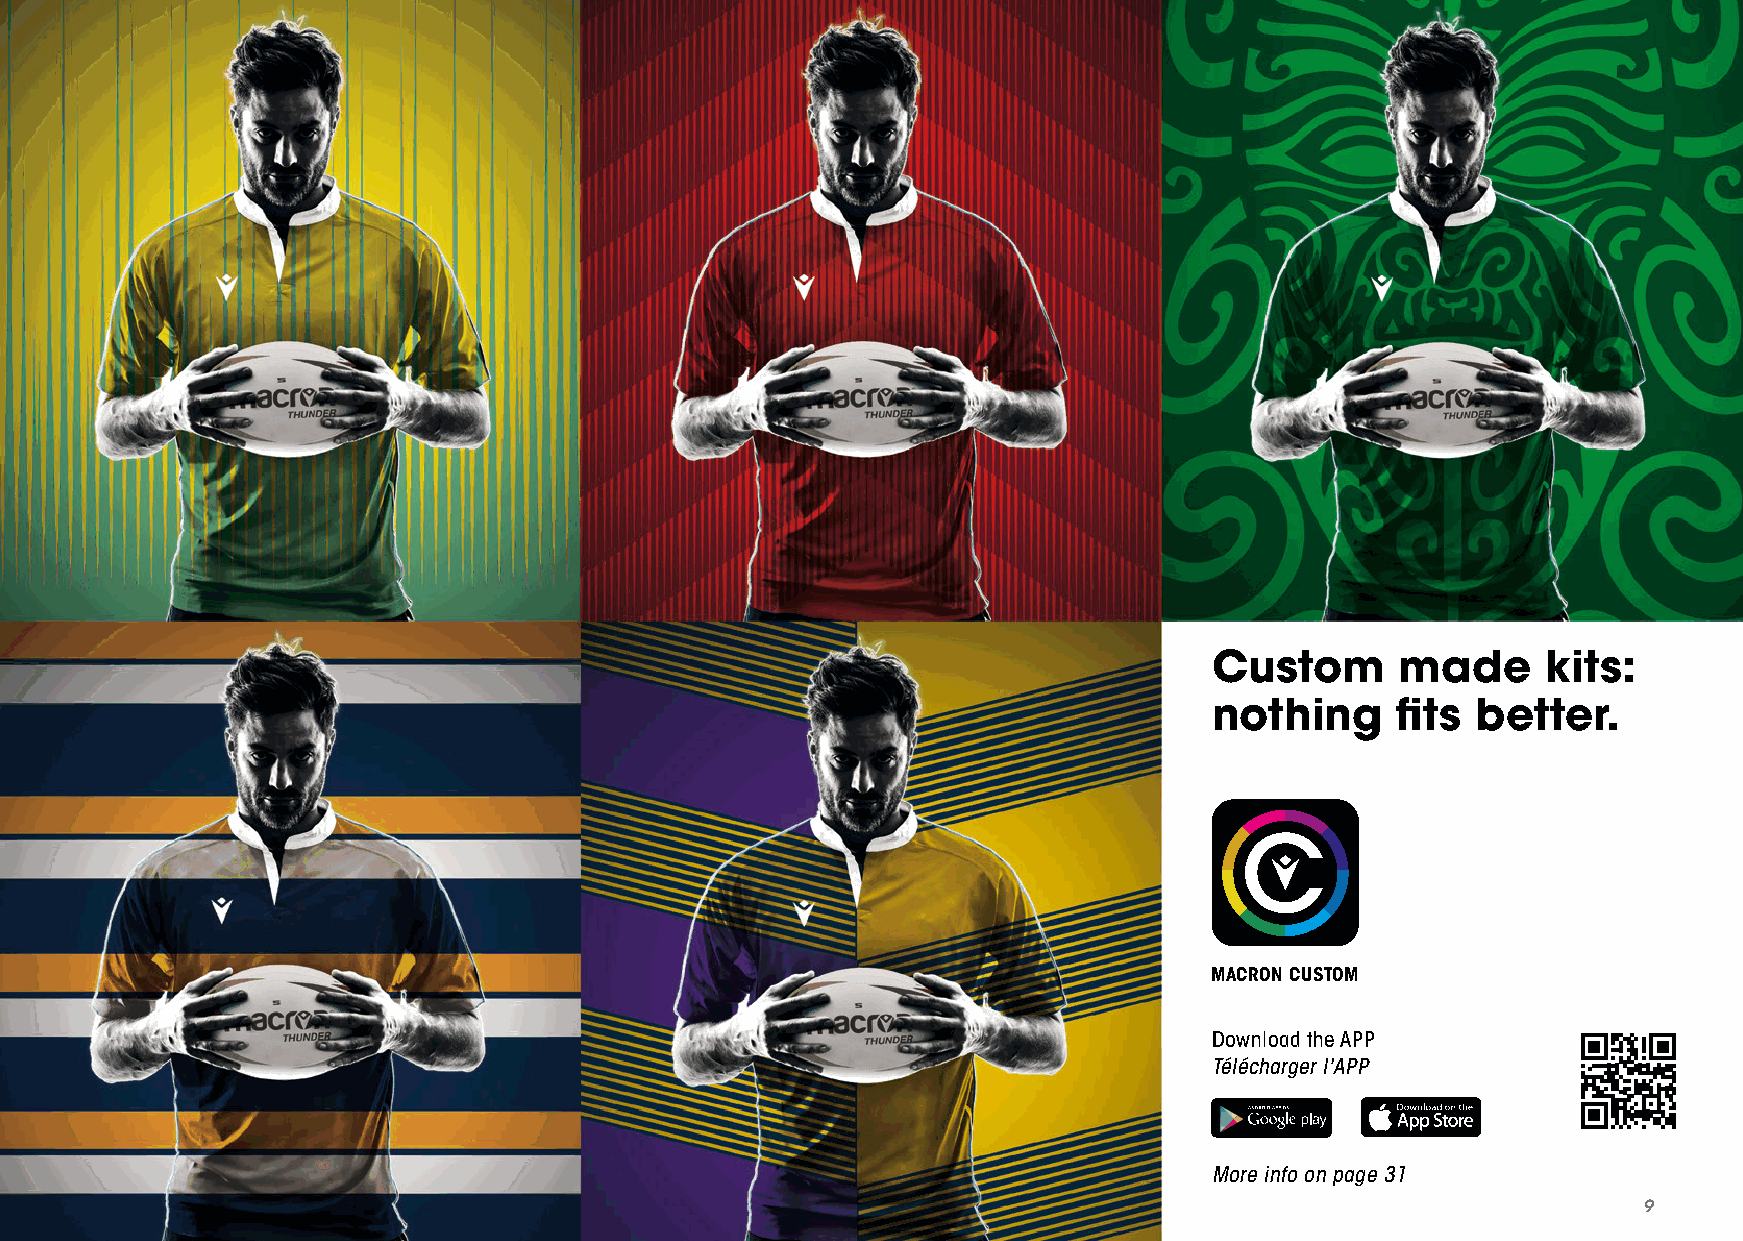
Custom       made     kits:
 nothing     fits  better.
 MACRON CUSTOM
 Download the APP
 Télécharger l'APP
 More info on page 31
 9